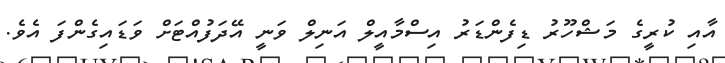
އާއި ކުރީގެ މަޝްހޫރު ޑިފެންޑަރު އިސްމާއީލް އަނިލް ވަނީ އޭދަފުއްޓަށް ވަޑައިގެންފަ އެވެ.